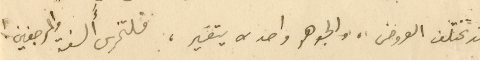
وقد تختلف العروض، والجوهر واحد لا يتغير، فلتخرسِ أَلسنةُ المرجفين !